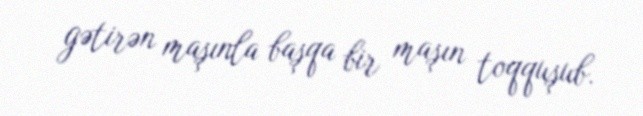
gətirən maşınla başqa bir maşın toqquşub.